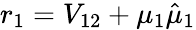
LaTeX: r_{1}=V_{12}+\mu_{1}\hat{\mu}_{1}